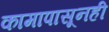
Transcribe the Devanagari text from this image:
कामापासूनही